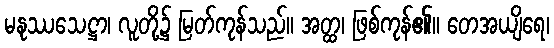
မနုဿသေဋ္ဌာ၊ လူတို့၌ မြတ်ကုန်သည်။ အတ္ထ၊ ဖြစ်ကုန်၏။ တေအယျိရေ၊